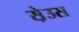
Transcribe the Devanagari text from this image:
स़ेउस